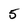
Character: 5